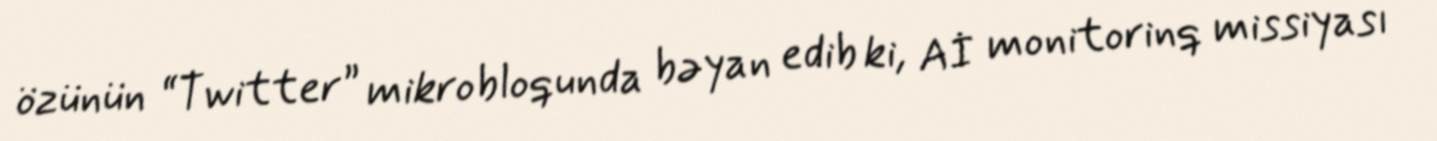
özünün “Twitter” mikrobloqunda bəyan edib ki, Aİ monitorinq missiyası